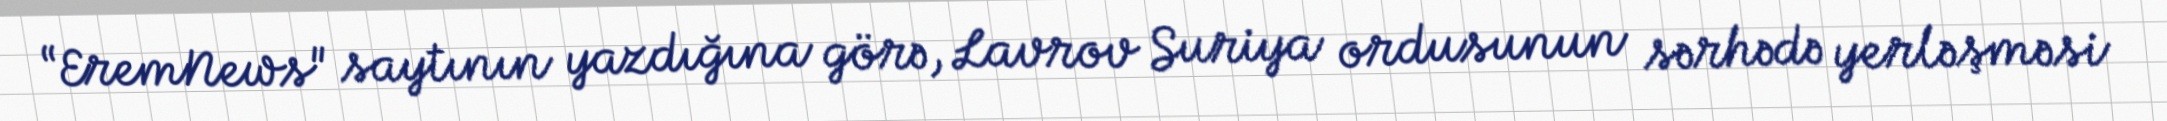
“EremNews" saytının yazdığına görə, Lavrov Suriya ordusunun sərhədə yerləşməsi